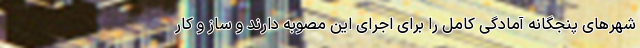
شهرهای پنجگانه آمادگی کامل را برای اجرای این مصوبه دارند و ساز و کار